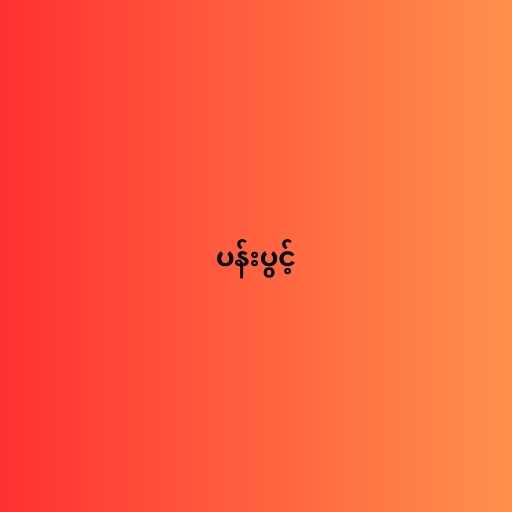
ပန်းပွင့်